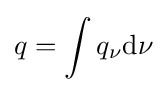
q=\int q_{\nu }\mathrm {d} \nu